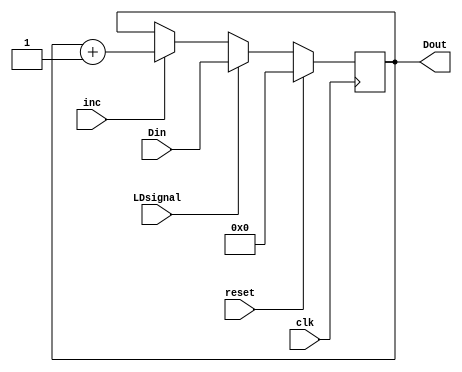
module SRegister(
	input wire clk,
	input wire inc,
	input wire [15:0] Din,
	input wire LDsignal,
	input wire reset,
	output wire [15:0] Dout
	);
	reg [15:0] d;
	assign Dout = d;
	
	always @(posedge clk) begin
		if(reset) d=16'b0;
		else if (LDsignal) d=Din;
		else if (inc) d = d+16'd1;
	end
	
endmodule